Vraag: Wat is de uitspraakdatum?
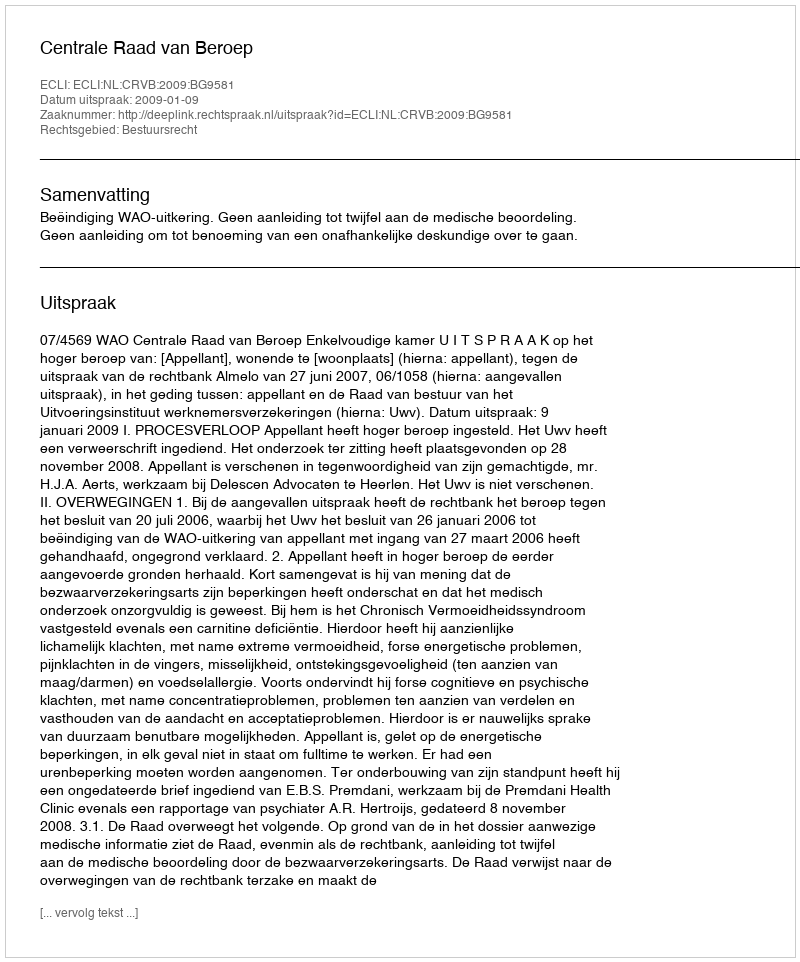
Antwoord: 2009-01-09